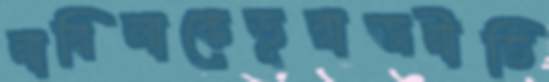
নাবিলাকেভূরাজনীতি